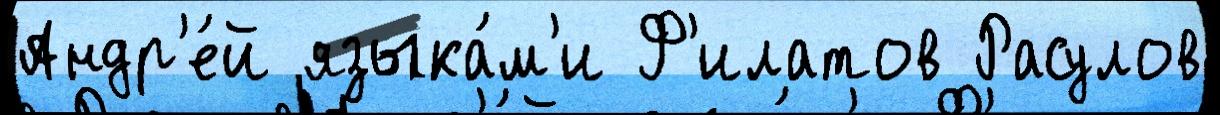
Андр'е́й языка́м'и Ф'илатов Расулов